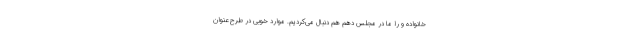
خانواده و را ما در مجلس دهم هم دنبال می‌کردیم. موارد خوبی در طرح عنوان